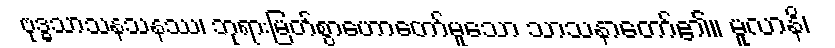
ဗုဒ္ဓသာသနသနဿ၊ ဘုရားမြတ်စွာဟောတော်မူသော သာသနာတော်၏။ မူလာနိ၊